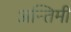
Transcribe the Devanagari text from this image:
अन्तिमी